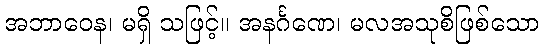
အဘာဝေန၊ မရှိ သဖြင့်။ အနင်္ဂဏေ၊ မလအသုစိဖြစ်သော